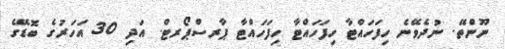
ނޫންތޭ. ނުދެވޭނެ ހިފަހައްޓާ ހިފަހައްޓާ ހިފަހައްޓާ ޕާރސްޕޯރޓް. އަދި 30 އަހަރުގެ ބޮޑޭގެ